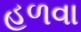
હળવા